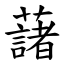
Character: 藷